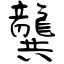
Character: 龔